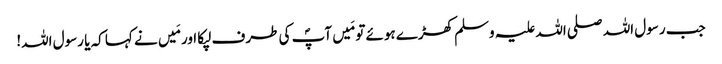
جب رسول اللہ صلی اللہ علیہ وسلم کھڑے ہوئے تو مَیں آپؐ کی طرف لپکا اور مَیں نے کہا کہ یا رسول اللہ!